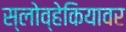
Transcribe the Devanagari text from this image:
स्लोव्हेकियावर